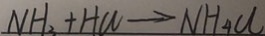
N H _ { 3 } + H C l \rightarrow N H _ { 4 } C l